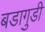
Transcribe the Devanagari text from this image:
बडागुडी